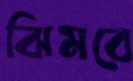
ঝিমবে